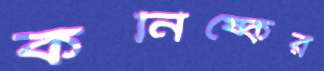
কনিষ্কের